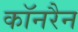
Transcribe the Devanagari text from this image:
कॉनरैन